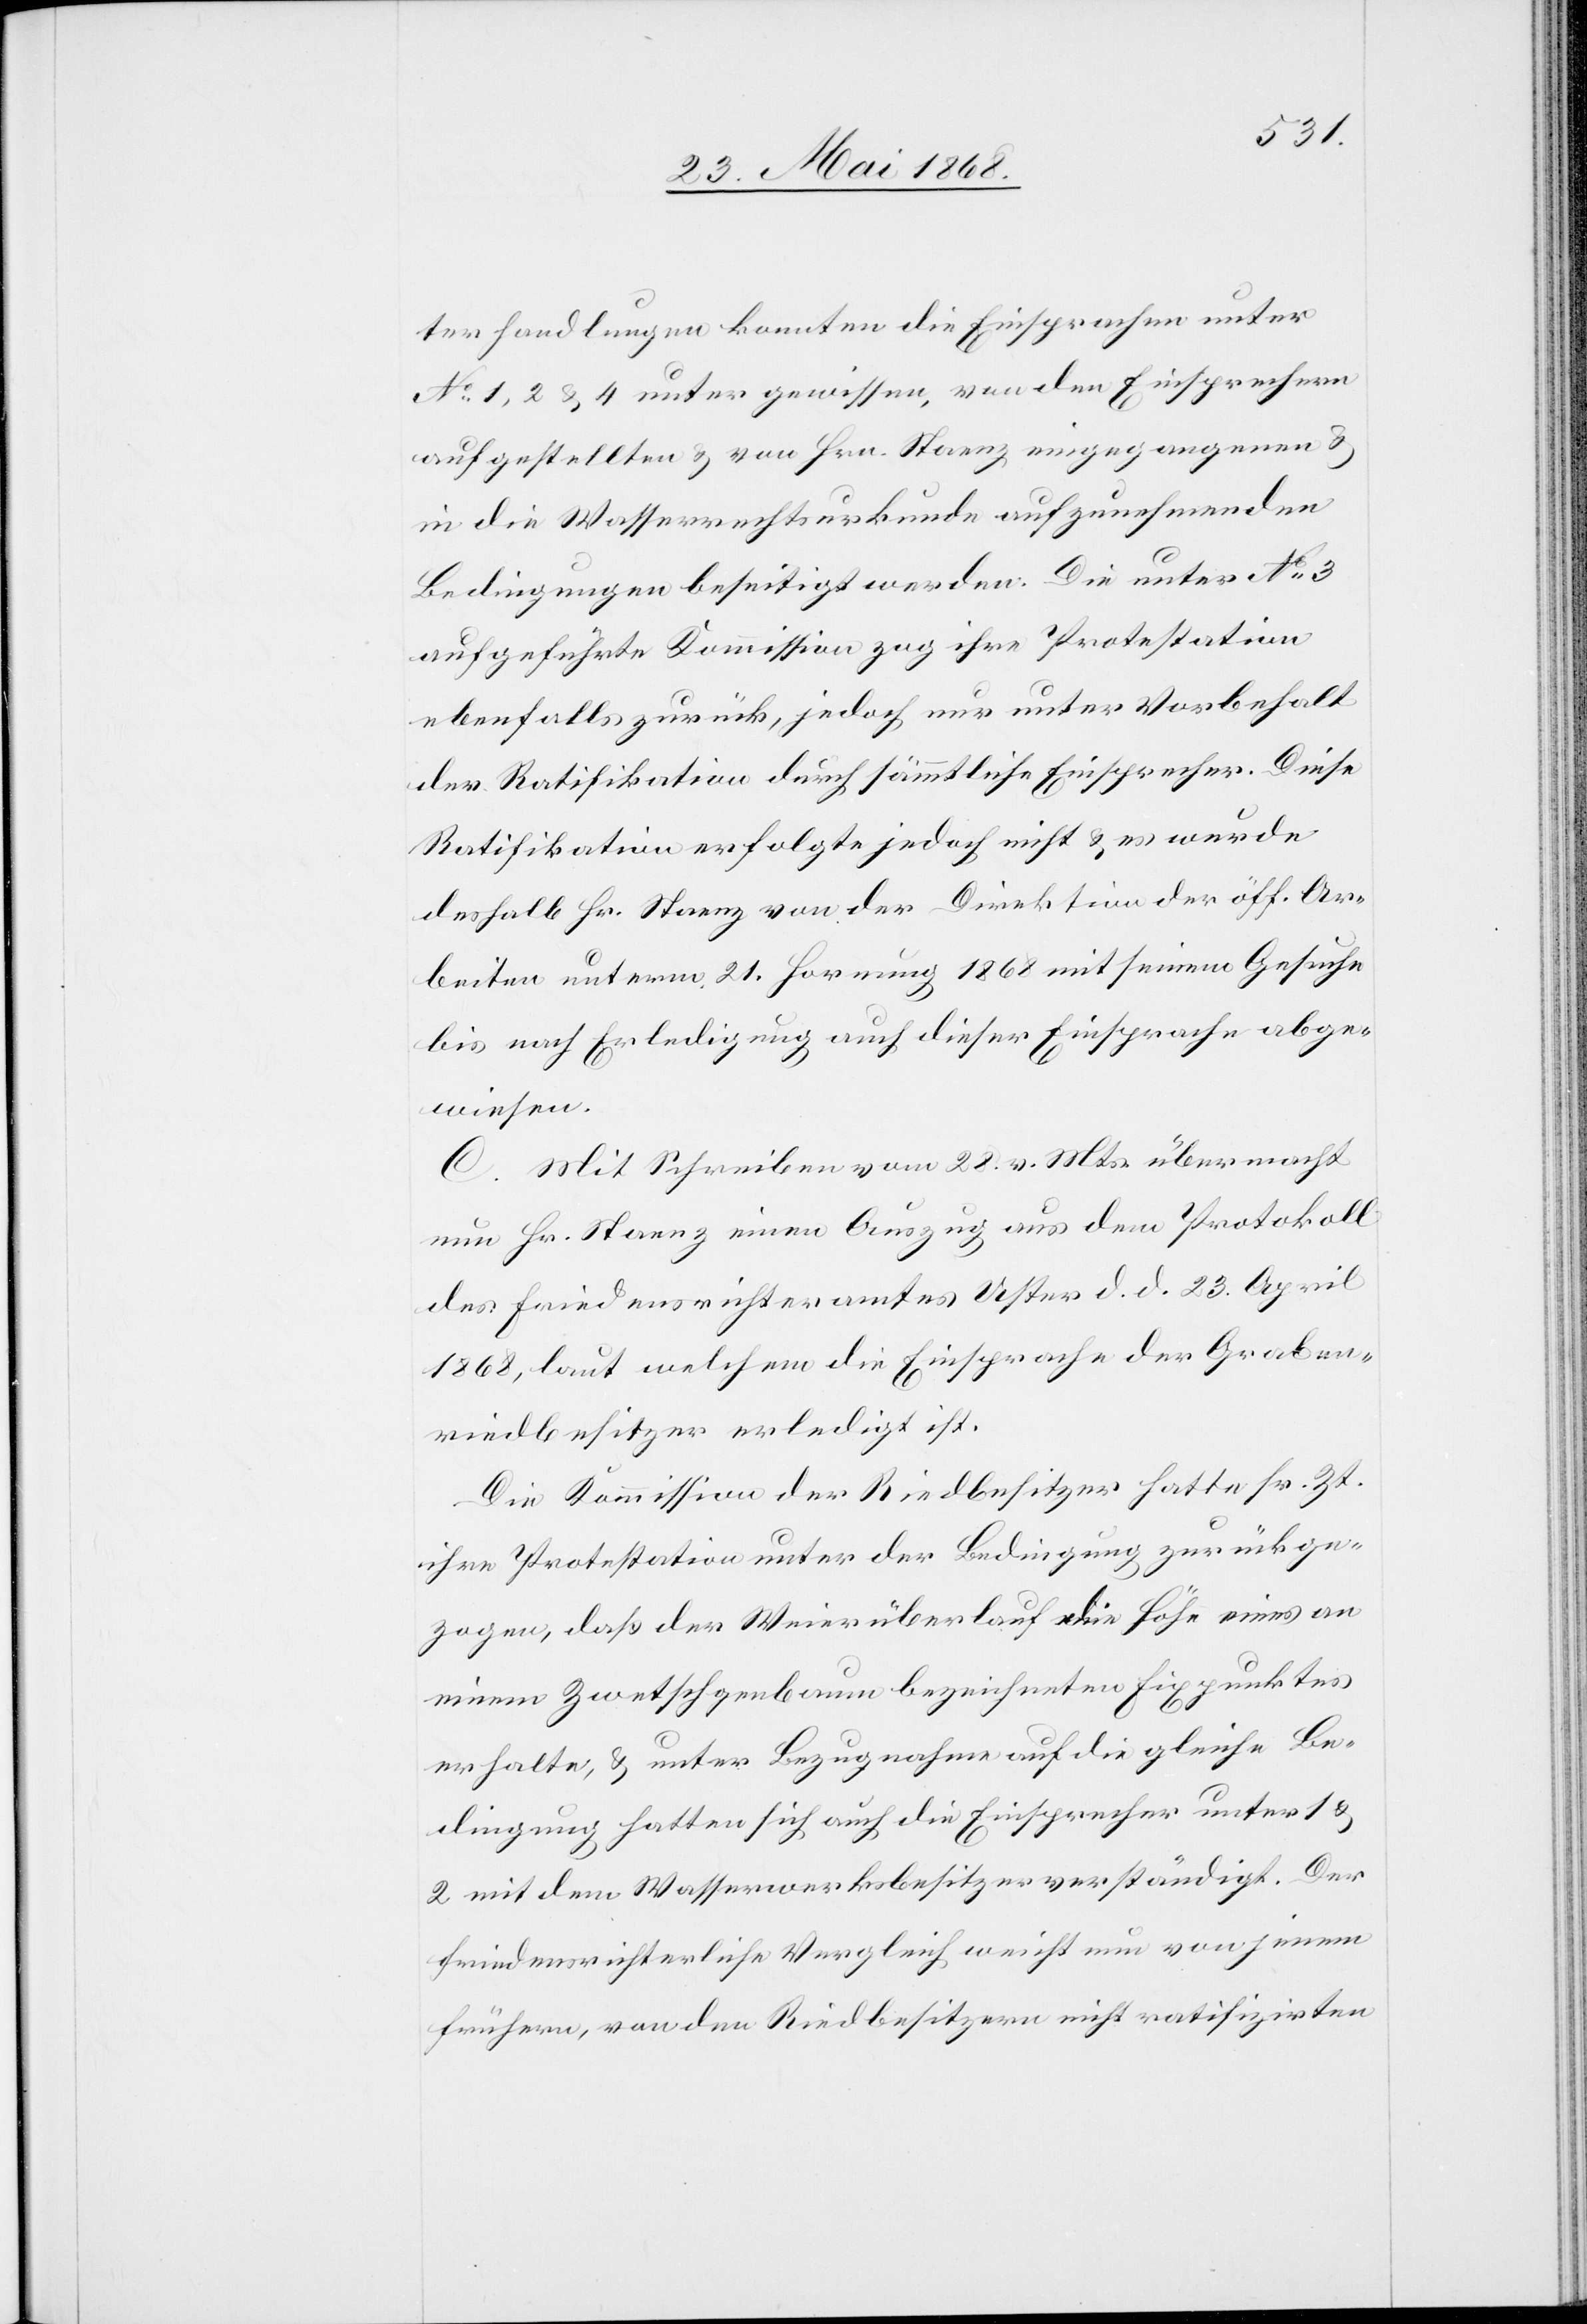
terhandlungen konnten die Einsprachen unter
No. 1, 2 & 4 unter gewissen, von den Einsprechern
aufgestellten & von Hrn. Staenz eingegangenen &
in die Wasserrechtsurkunde aufzunehmenden
Bedingungen beseitigt werden. Die unter No. 3
aufgeführte Kommission zog ihre Protestation
ebenfalls zurück, jedoch nur unter Vorbehalt
der Ratifikation durch sämmtliche Einsprecher. Diese
Ratifikation erfolgte jedoch nicht & es wurde
deshalb Hr. Staenz von der Direktion der öff. Ar¬
beiten unterm 21. Hornung 1868 mit seinem Gesuche
bis nach Erledigung auch dieser Einsprache abge¬
wiesen.
C. Mit Schreiben vom 28. v. Mts. übermacht
nun Hr. Staenz einen Auszug aus dem Protokoll
des Friedensrichteramtes Uster d. d. 23. April
1868, laut welchem die Einsprache der Graben¬
riedbesitzer erledigt ist.
Die Kommission der Riedbesitzer hatte sr. Zt.
ihre Protestation unter der Bedingung zurückge¬
zogen, daß der Weierüberlauf die Höhe eines an
einem Zwetschgenbaum bezeichneten Fixpunktes
erhalte, & unter Bezugnahme auf die gleiche Be¬
dingung hatten sich auch die Einsprecher unter 1 &
2 mit dem Wasserwerksbesitzer verständigt. Der
friedensrichterliche Vergleich weicht nun von jenem
frühern, von den Riedbesitzern nicht ratifizirten